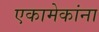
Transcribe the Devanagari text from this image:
एकामेकांना